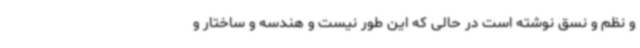
و نظم و نسق نوشته است در حالی که این طور نیست و هندسه و ساختار و